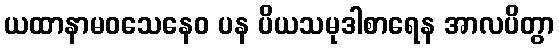
ယထာနာမဝသေနေဝ ပန ပိယသမုဒါစာရေန အာလပိတွာ